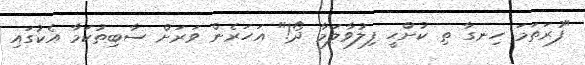
"ފުރަތަމަ ހިނގާ ތި ކުށްހީ ފިލުވާލަމާ ދޯ!" އަހަރެން ވަރަށް ސާބިތުކަމާ އެކުގައި